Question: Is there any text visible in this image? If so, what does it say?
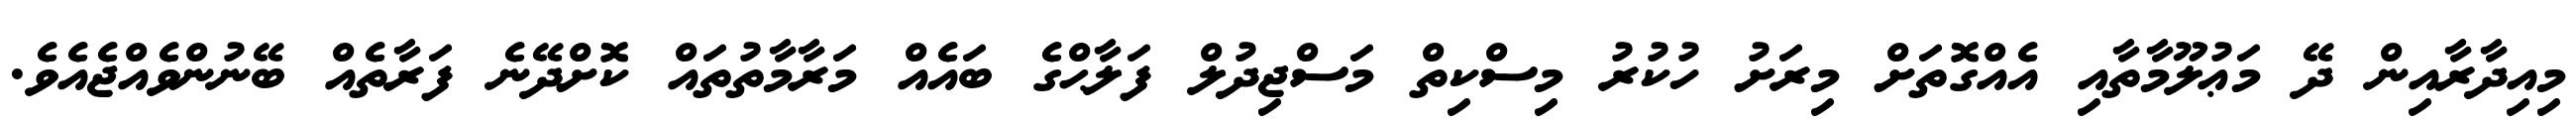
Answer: މިއިދާރާއިން ދޭ މަޢުލޫމާތާއި އެއްގޮތަށް މިރަށު ހުކުރު މިސްކިތް މަސްޖިދުލް ފަލާޙްގެ ބައެއް މަރާމާތުތައް ކޮށްދޭނެ ފަރާތެއް ބޭނުންވެއްޖެއެވެ.